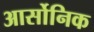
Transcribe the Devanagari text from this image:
आर्सोनिक